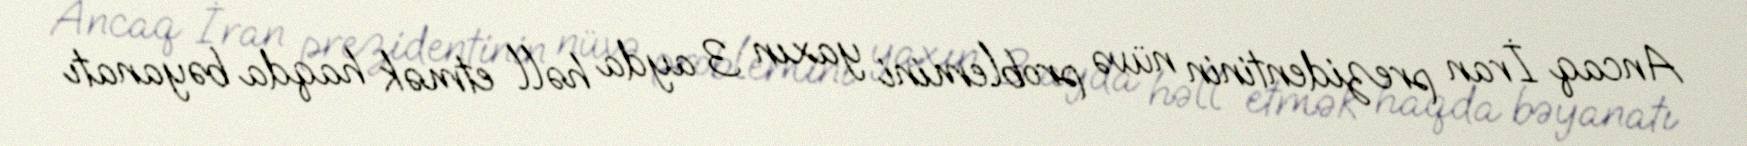
Ancaq İran prezidentinin nüvə problemini yaxın 3 ayda həll etmək haqda bəyanatı